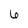
Character: 6